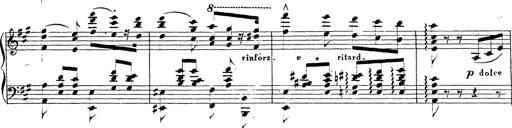
Title: Chanson bohÃ©mienne
Composer: Franz Liszt